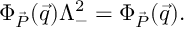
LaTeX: \Phi _ { \vec { P } } ( \vec { q } ) \Lambda _ { - } ^ { 2 } = \Phi _ { \vec { P } } ( \vec { q } ) .